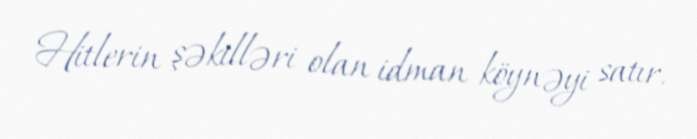
Hitlerin şəkilləri olan idman köynəyi satır.